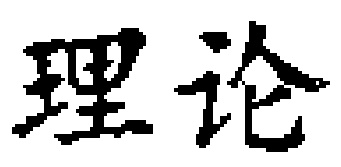
理论